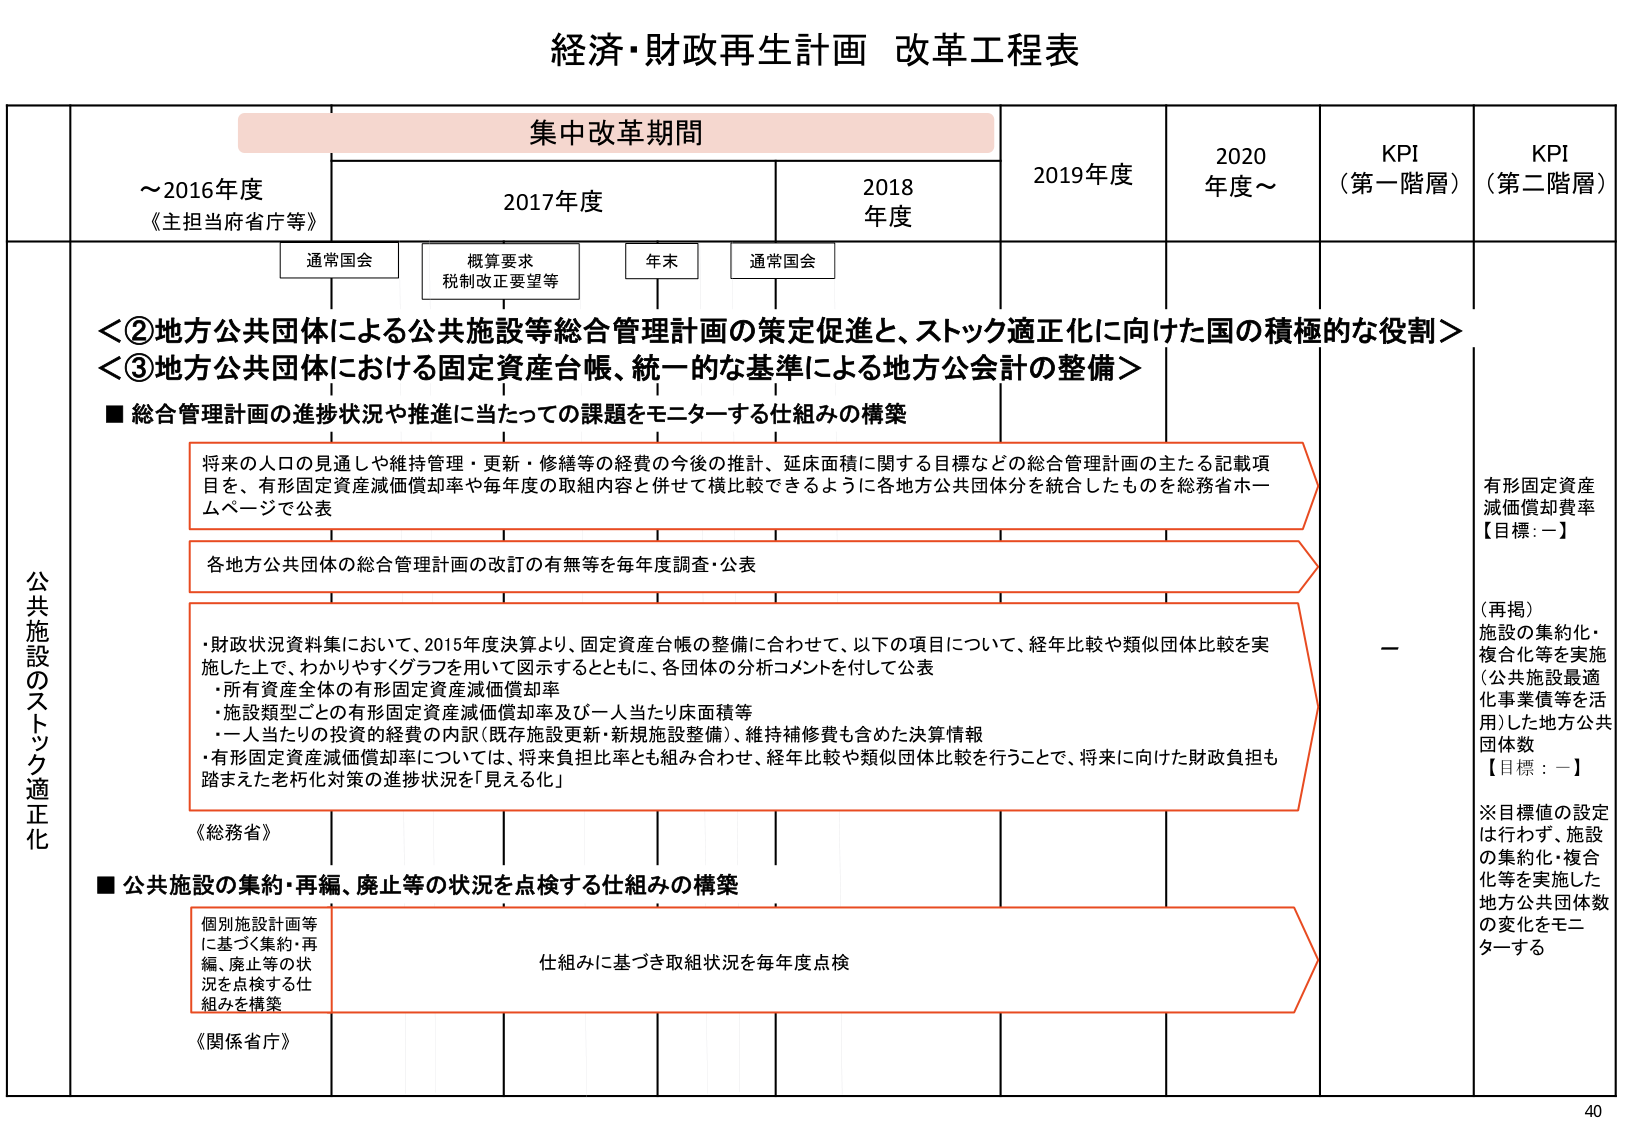
経済・財政再生計画 改革工程表

集中改革期間

～2016年度
《主担当府省庁等》

2017年度

2018年度

2019年度

2020年度～

KPI
（第一階層）

KPI
（第二階層）

通常国会

概算要求
税制改正要望等

年末

通常国会

＜②地方公共団体による公共施設等総合管理計画の策定促進と、ストック適正化に向けた国の積極的な役割＞
＜③地方公共団体における固定資産台帳、統一的な基準による地方公会計の整備＞

■ 総合管理計画の進捗状況や推進に当たっての課題をモニターする仕組みの構築

将来の人口の見通しや維持管理・更新・修繕等の経費の今後の推計、延床面積に関する目標などの総合管理計画の主たる記載項目を、有形固定資産減価償却率や毎年度の取組内容と併せて横比較できるように各地方公共団体分を統合したものを総務省ホームページで公表

各地方公共団体の総合管理計画の改訂の有無等を毎年度調査・公表

・財政状況資料集において、2015年度決算より、固定資産台帳の整備に合わせて、以下の項目について、経年比較や類似団体比較を実施した上で、わかりやすくグラフを用いて図示するとともに、各団体の分析コメントを付して公表
　・所有資産全体の有形固定資産減価償却率
　・施設類型ごとの有形固定資産減価償却率及び一人当たり床面積等
　・一人当たりの投資の経費の内訳（既存施設更新・新規施設整備）、維持補修費も含めた決算情報
・有形固定資産減価償却率については、将来負担比率とも組み合わせ、経年比較や類似団体比較を行うことで、将来に向けた財政負担も踏まえた老朽化対策の進捗状況を「見える化」

《総務省》

■ 公共施設の集約・再編、廃止等の状況を点検する仕組みの構築

個別施設計画等に基づく集約・再編、廃止等の状況を点検する仕組みを構築

仕組みに基づき取組状況を毎年度点検

《関係省庁》

公共施設のストック適正化

一

有形固定資産減価償却費率
【目標：一】

（再掲）
施設の集約化・複合化等を実施（公共施設最適化事業債等を活用）した地方公共団体数
【目標：一】

※目標値の設定は行わず、施設の集約化・複合化等を実施した地方公共団体数の変化をモニターする

40